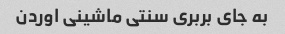
به جای بربری سنتی ماشینی اوردن